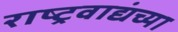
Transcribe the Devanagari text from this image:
राष्ट्रवाद्यंच्या